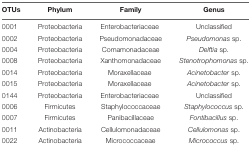
| OTUs | Phylum | Family | Genus |
 | --- | --- | --- | --- |
 | 0001 | Proteobacteria | Enterobacteriaceae | Unclassified |
 | 0002 | Proteobacteria | Pseudomonadaceae | Pseudomonas sp. |
 | 0004 | Proteobacteria | Comamonadaceae | Delftia sp. |
 | 0008 | Proteobacteria | Xanthomonadaceae | Stenotrophomonas sp. |
 | 0014 | Proteobacteria | Moraxellaceae | Acinetobacter sp. |
 | 0015 | Proteobacteria | Moraxellaceae | Acinetobacter sp. |
 | 0144 | Proteobacteria | Enterobacteriaceae | Unclassified |
 | 0006 | Firmicutes | Staphylococcaceae | Staphylococcus sp. |
 | 0007 | Firmicutes | Panibacillaceae | Fontibacillus sp. |
 | 0011 | Actinobacteria | Cellulomonadaceae | Cellulomonas sp. |
 | 0022 | Actinobacteria | Micrococcaceae | Micrococcus sp. |